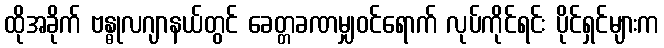
ထိုအခိုက် ဗန္ဓုလဂျာနယ်တွင် ခေတ္တခဏမျှဝင်ရောက် လုပ်ကိုင်ရင်း ပိုင်ရှင်များက